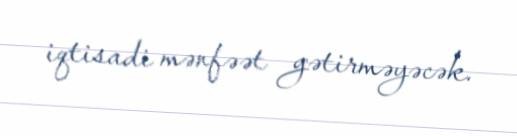
iqtisadi mənfəət gətirməyəcək.